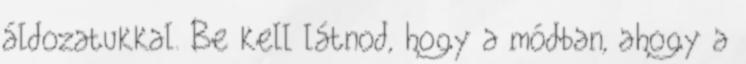
áldozatukkal. Be kell látnod, hogy a módban, ahogy a